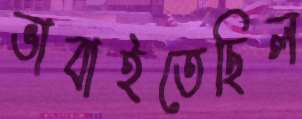
ভাবাইতেছিল